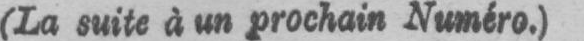
(La suite à un prochain Numéro.)